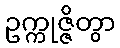
ဥက္ကုဇ္ဇိတွာ